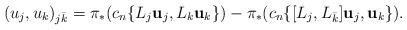
LaTeX: \begin{align*} (u_j,u_k)_{j\bar k}=\pi_*(c_n\{L_j \textbf u_j,L_k\textbf u_k\}) -\pi_*(c_n\{[ L_j, L_{\bar k}]\textbf u_j, \textbf u_k\}).\end{align*}